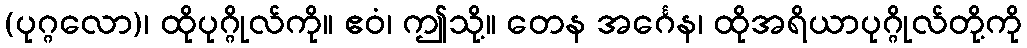
(ပုဂ္ဂလော)၊ ထိုပုဂ္ဂိုလ်ကို။ ဧဝံ၊ ဤသို့။ တေန အင်္ဂေန၊ ထိုအရိယာပုဂ္ဂိုလ်တို့ကို